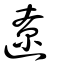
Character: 遼